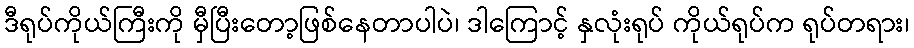
ဒီရုပ်ကိုယ်ကြီးကို မှီပြီးတော့ဖြစ်နေတာပါပဲ၊ ဒါကြောင့် နှလုံးရုပ် ကိုယ်ရုပ်က ရုပ်တရား၊